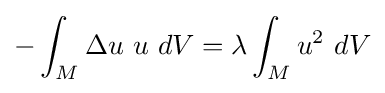
-\int _{M}\Delta u\ u\ dV=\lambda \int _{M}u^{2}\ dV